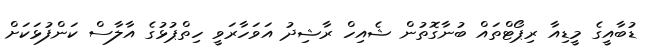
ޑުބާއީގެ މީޑިއާ ރިޕޯޓްތައް ބުނާގޮތުން ޝެއިހް ރާޝިދު އަވަހާރަވީ ހިތްޕުޅުގެ އާލާސް ކަންފުޅަކަށް